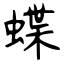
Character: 蝶